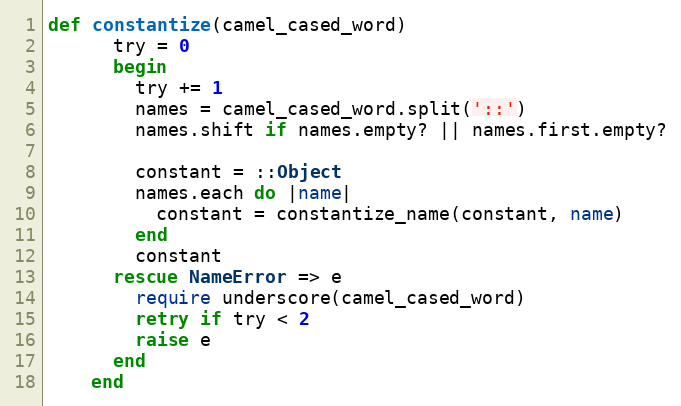
Language: Ruby
def constantize(camel_cased_word)
      try = 0
      begin
        try += 1
        names = camel_cased_word.split('::')
        names.shift if names.empty? || names.first.empty?

        constant = ::Object
        names.each do |name|
          constant = constantize_name(constant, name)
        end
        constant
      rescue NameError => e
        require underscore(camel_cased_word)
        retry if try < 2
        raise e
      end
    end